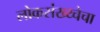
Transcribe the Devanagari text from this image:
लोकसंख्य्चेचा